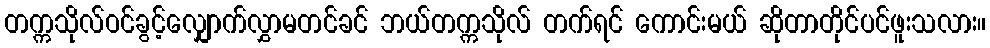
တက္ကသိုလ်ဝင်ခွင့်လျှောက်လွှာမတင်ခင် ဘယ်တက္ကသိုလ် တက်ရင် ကောင်းမယ် ဆိုတာတိုင်ပင်ဖူးသလား။